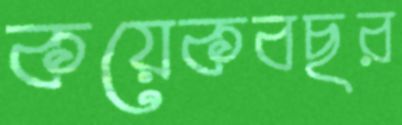
কয়েকবছর